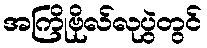
အကြိုဗိုလ်လုပွဲတွင်